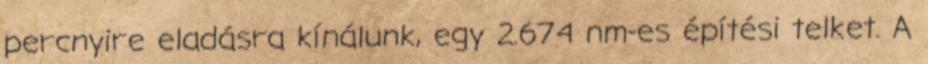
percnyire eladásra kínálunk, egy 2.674 nm-es építési telket. A